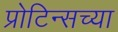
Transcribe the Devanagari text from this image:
प्रोटिन्सच्या